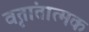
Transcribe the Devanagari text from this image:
वृतांतात्मक